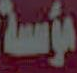
مؤسسة